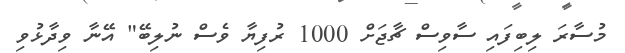
މުސާރަ ލިބިފައި ސާވިސް ޗާޖަށް 1000 ރުފިޔާ ވެސް ނުލިބޭ" އޭނާ ވިދާޅުވި